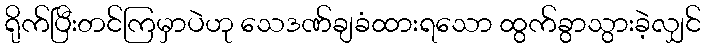
ရိုက်ပြီးတင်ကြမှာပဲဟု သေဒဏ်ချခံထားရသော ထွက်ခွာသွားခဲ့လျှင်